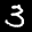
Label: 3